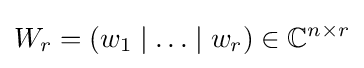
W_{r}=(w_{1}\mid \ldots \mid w_{r})\in \mathbb {C} ^{n\times r}